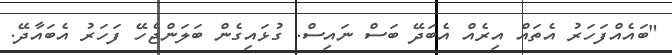
"ބައެއްފަހަރު އެތައް އިރެއް އެބަދޭ ބަސް ނައިސް. ގުޅައިގެން ބަލަންޖެހޭ ފަހަރު އެބައާދޭ.